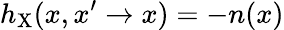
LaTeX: h_{\mathrm{X}}(x,x^{\prime}\to x)=-n(x)